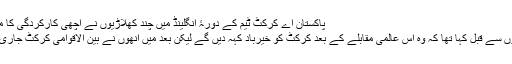
Image caption پاکستان اے کرکٹ ٹیم کے دورۂ انگلینڈ میں چند کھلاڑیوں نے اچھی کارکردگی کا مظاہرہ کیا ہے
شاہد آفریدی نے ورلڈ ٹی 20 مقابلوں سے قبل کہا تھا کہ وہ اس عالمی مقابلے کے بعد کرکٹ کو خیرباد کہہ دیں گے لیکن بعد میں انھوں نے بین الاقوامی کرکٹ جاری رکھنے کی خواہش ظاہر کی تھی۔